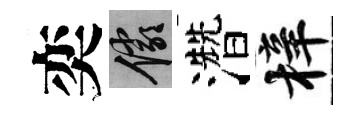
奕儼濳梓